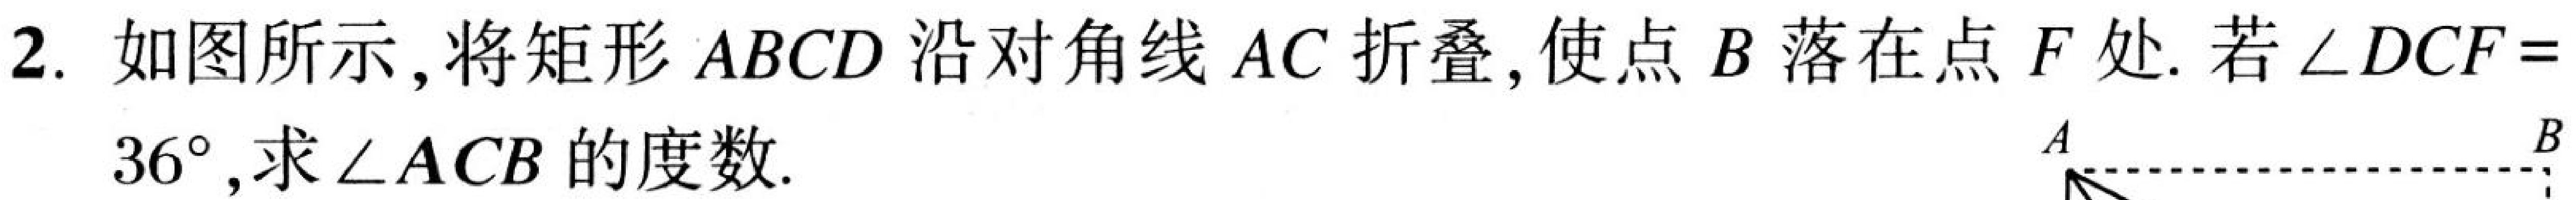
如图所示，将矩形 \(ABCD\) 沿对角线 \(AC\) 折叠，使点 \(B\) 落在点 \(F\) 处. 若 \(\angle DCF = 36^{\circ}\)，求 \(\angle ACB\) 的度数.